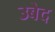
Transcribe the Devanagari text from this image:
उबेद